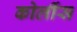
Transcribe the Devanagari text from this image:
कोर्लीस